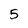
Character: 5